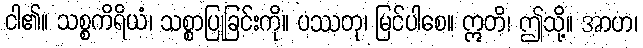
ငါ၏။ သစ္စကိရိယံ၊ သစ္စာပြုခြင်းကို။ ပဿတု၊ မြင်ပါစေ။ ဣတိ၊ ဤသို့။ အာဟ၊